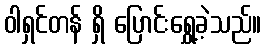
ဝါရှင်တန် ရှိ ပြောင်းရွှေ့ခဲ့သည်။